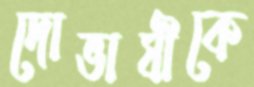
দোভাষীকে